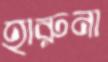
হারুনা